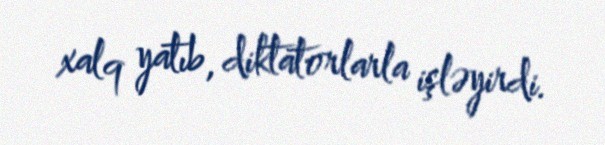
xalq yatıb, diktatorlarla işləyirdi.